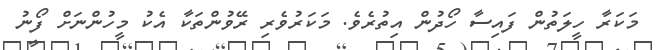
މަކަރާ ހީލަތުން ފައިސާ ހޯދުން އިތުރެވެ. މަކަރުވެރި ރޭވުންތަކާ އެކު މީހުންނަށް ފޯނު